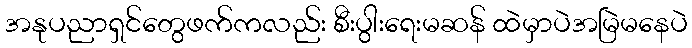
အနုပညာရှင်တွေဖက်ကလည်း စီးပွါးရေးမဆန် ထဲမှာပဲအမြဲမနေပဲ